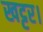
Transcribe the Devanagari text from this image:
खट्टर।